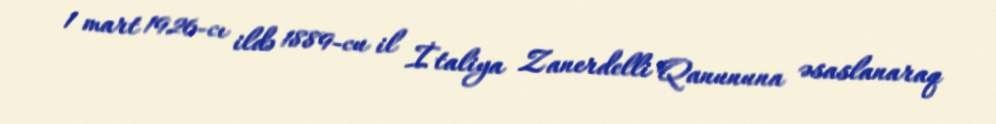
1 mart 1926-cı ildə 1889-cu il İtaliya Zanerdelli Qanununa əsaslanaraq